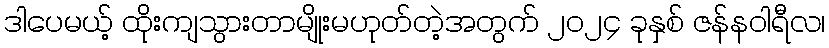
ဒါပေမယ့် ထိုးကျသွားတာမျိုးမဟုတ်တဲ့အတွက် ၂၀၂၄ ခုနှစ် ဇန်နဝါရီလ၊